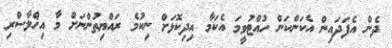
ދެން އެފަދައިން އެކަންކަން ހުއްޓުވީމަ އެކަމާ އިދިކޮޅަށް ނިކުމެ ރައްޔިތުންނަށް މާ އިޚްލާސްރި